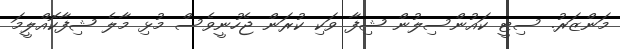
މަންޒަރު. ސިޓީ ކައުންސިލުން ޝިފާ ވަކި ކުރަން ޖެހުނީވެސް މުޅި މާލެ ޝިފާކޮއްލީމަ